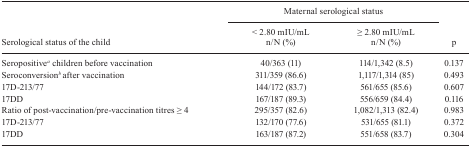
<table><thead><tr><td rowspan="2"><b>Serological status of the child</b></td><td colspan="2"><b>Maternal serologicalstatus </b></td><td rowspan="2"><b>p</b></td></tr><tr><td><b>&lt; 2.80 mIU/mL n/N(%)</b></td><td><b>≥ 2.80 mIU/mL n/N(%)</b></td></tr></thead><tbody><tr><td>Seropositive<sup><i>a</i></sup> children before vaccination</td><td>40/363 (11)</td><td>114/1,342 (8.5)</td><td>0.137</td></tr><tr><td>Seroconversion<sup><i>b </i></sup>after vaccination</td><td>311/359 (86.6)</td><td>1,117/1,314 (85)</td><td>0.493</td></tr><tr><td>17D-213/77</td><td>144/172 (83.7)</td><td>561/655 (85.6)</td><td>0.607</td></tr><tr><td>17DD</td><td>167/187 (89.3)</td><td>556/659 (84.4)</td><td>0.116</td></tr><tr><td>Ratio of post-vaccination/pre-vaccination titres≥ 4</td><td>295/357 (82.6)</td><td>1,082/1,313 (82.4)</td><td>0.983</td></tr><tr><td>17D-213/77</td><td>132/170 (77.6)</td><td>531/655 (81.1)</td><td>0.372</td></tr><tr><td>17DD</td><td>163/187 (87.2)</td><td>551/658 (83.7)</td><td>0.304</td></tr></tbody></table>